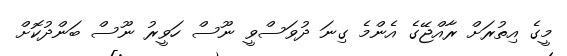
މީގެ އިތުރަށް ރާއްޖޭގެ އެންމެ ގިނަ ދުވަސްވީ ނޫސް ހަވީރު ނޫސް ބަންދުކޮށް